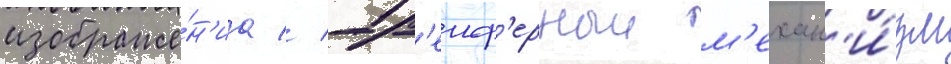
изображе́н'иа // Гр'еиф'ерныи м'ехан'и́зм